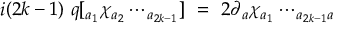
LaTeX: i ( 2 k - 1 ) \ q [ _ { a { _ { 1 } } } \chi _ { a { _ { 2 } } } \cdots _ { a { _ { 2 k - 1 } } } ] \ = \ 2 \partial { _ { a } } \chi _ { a { _ { 1 } } } \cdots _ { a _ { 2 k - 1 } a }